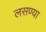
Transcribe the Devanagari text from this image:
लसण्या